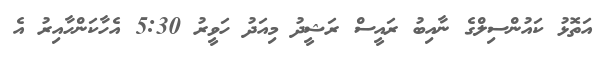
އަތޮޅު ކައުންސިލްގެ ނާއިބު ރައީސް ރަޝީދު މިއަދު ހަވީރު 5:30 އެހާކަންހާއިރު އެ